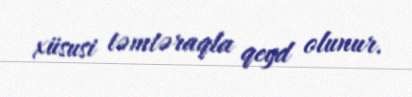
xüsusi təmtəraqla qeyd olunur.